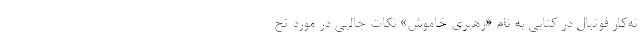
نه‌کار فوتبال در کتابی به نام «رهبری خاموش» نکات جالبی در مورد تج